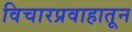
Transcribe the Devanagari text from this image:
विचारप्रवाहातून